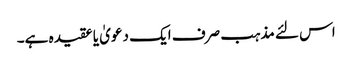
اس لئے مذہب صرف ایک دعویٰ یا عقیدہ ہے۔